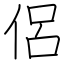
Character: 侶